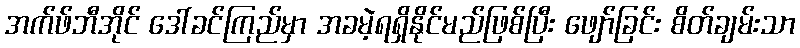
အက်ဖ်ဘီအိုင် ဒေါ်ခင်ကြည်မှာ အခမဲ့ရရှိနိုင်မည်ဖြစ်ပြီး ဖျော်ခြင်း စိတ်ချမ်းသာ